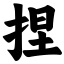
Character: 捏